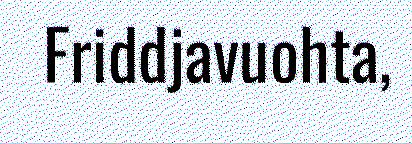
Friddjavuohta,